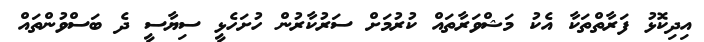
އިދިކޮޅު ފަރާތްތަކާ އެކު މަޝްވަރާތައް ކުރުމަށް ސަރުކާރުން ހުށަހެޅީ ސިޔާސީ ދެ ބަސްވުންތައް